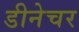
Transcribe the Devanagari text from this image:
डीनेचर